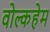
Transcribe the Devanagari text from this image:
वोल्कहेम